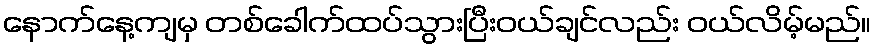
နောက်နေ့ကျမှ တစ်ခေါက်ထပ်သွားပြီးဝယ်ချင်လည်း ဝယ်လိမ့်မည်။